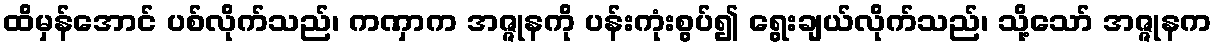
ထိမှန်အောင် ပစ်လိုက်သည်၊ ကဏှာက အဇ္ဇုနကို ပန်းကုံးစွပ်၍ ရွေးချယ်လိုက်သည်၊ သို့သော် အဇ္ဇုနက